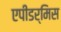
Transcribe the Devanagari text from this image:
एपीडर्मिस